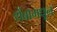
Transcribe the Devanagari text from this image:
थेंबामधून